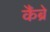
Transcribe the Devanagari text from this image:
कैंब्रे